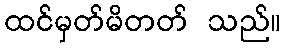
ထင်မှတ်မိတတ် သည်။